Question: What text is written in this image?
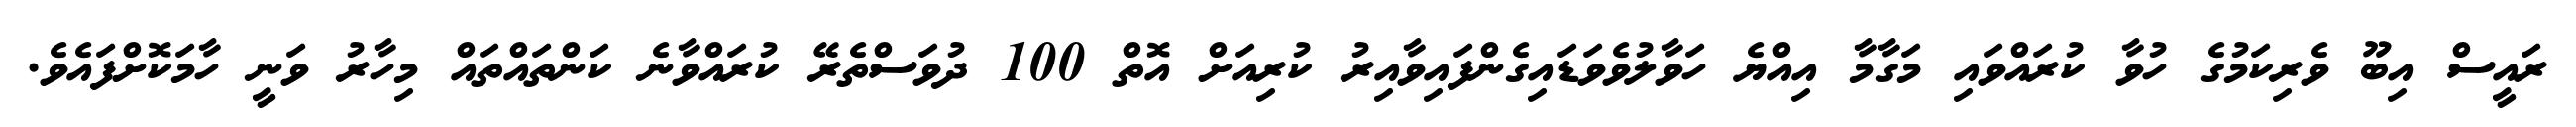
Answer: ރައީސް އިބޫ ވެރިކަމުގެ ހުވާ ކުރައްވައި މަގާމާ އިއްޔެ ހަވާލުވެވަޑައިގެންފައިވާއިރު ކުރިއަށް އޮތް 100 ދުވަސްތެރޭ ކުރައްވާނެ ކަންތައްތައް މިހާރު ވަނީ ހާމަކޮށްފައެވެ.